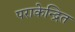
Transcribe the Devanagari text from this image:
पराकेन्द्रित